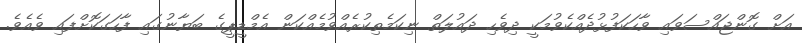
އަށް ގޮންޖައްސަވައި ވާހަކަފުޅުދެއްކެވުމަކީ ދިވެހި ދައުލަތް ނިކަމެތިކުރެއްވުމެއްކަން އެމްޑީޕީގެ ބަޔާނުގައި ފާހަގަކޮށްފައި ވެއެވެ.